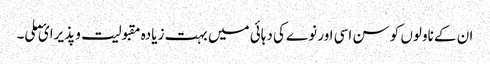
ان کے ناولوں کو سن اسی اور نوے کی دہائی میں بہت زیادہ مقبولیت و پذیرائ ملی۔